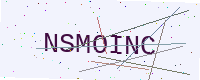
Text: NSMOINC